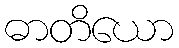
ဓာတိယော